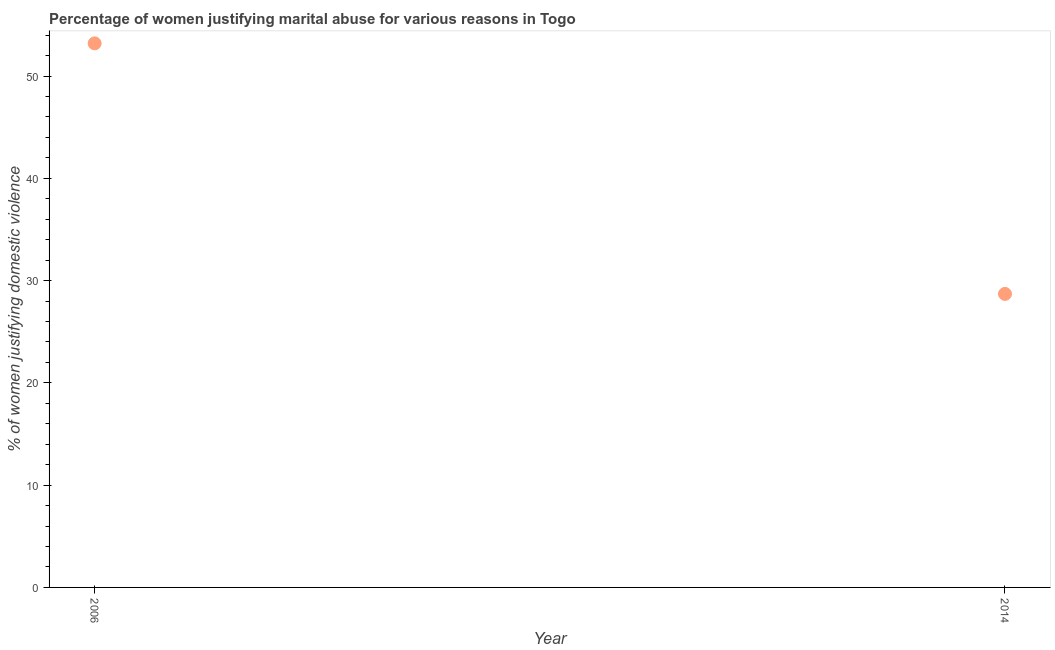
| Year | Physical abuse |
 | --- | --- |
 | 2006 | 53.2 |
 | 2014 | 28.7 |